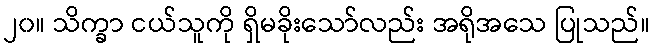
၂၀။ သိက္ခာ ငယ်သူကို ရှိမခိုးသော်လည်း အရိုအသေ ပြုသည်။